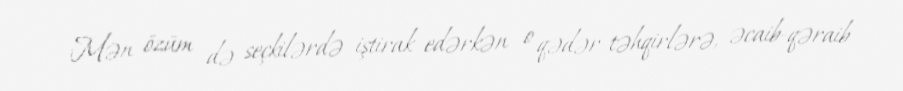
Mən özüm də seçkilərdə iştirak edərkən o qədər təhqirlərə, əcaib-qəraib